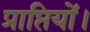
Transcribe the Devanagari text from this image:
प्राप्तियों।